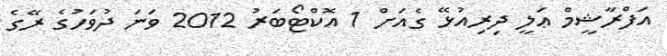
އަފްރާޝީމް ޢަލީ ދިރިއުޅޭ ގެއަށް 1 އޮކްޓޯބަރު 2012 ވަނަ ދުވަހުގެ ރޭގެ